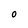
Character: O